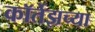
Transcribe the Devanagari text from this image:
कॉर्तेझच्या